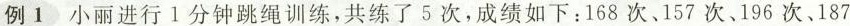
例1小丽进行1分钟跳绳训练，共练了5次，成绩如下：168次、157次、196次、187